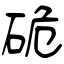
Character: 硊